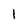
Character: 1